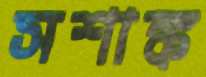
সশাঙ্ক